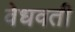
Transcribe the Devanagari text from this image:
वेधवती